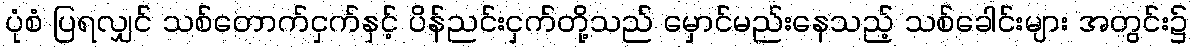
ပုံစံ ပြရလျှင် သစ်တောက်ငှက်နှင့် ပိန်ညင်းငှက်တို့သည် မှောင်မည်းနေသည့် သစ်ခေါင်းများ အတွင်း၌